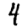
Digit: 4